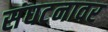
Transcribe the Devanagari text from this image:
संघटनावर